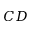
C D